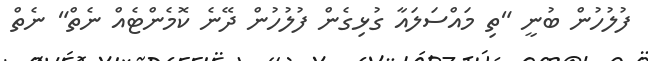
ފުލުހުން ބުނީ "ތި މައްސަލައާ ގުޅިގެން ފުުލުހުން ދޭނެ ކޮމެންޓެއް ނެތް" ނެތް